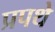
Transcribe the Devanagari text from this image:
प्रपथे